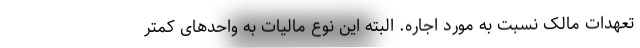
تعهدات مالک نسبت به مورد اجاره. البته این نوع مالیات به واحدهای کمتر